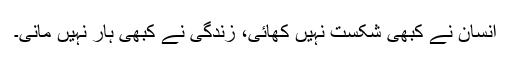
انسان نے کبھی شکست نہیں کھائی، زندگی نے کبھی ہار نہیں مانی۔